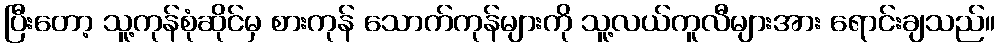
ပြီးတော့ သူ့ကုန်စုံဆိုင်မှ စားကုန် သောက်ကုန်များကို သူ့လယ်ကူလီများအား ရောင်းချသည်။